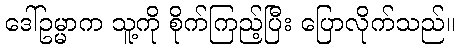
ဒေါ်ဥမ္မာက သူ့ကို စိုက်ကြည့်ပြီး ပြောလိုက်သည်။